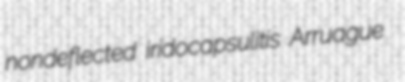
nondeflected iridocapsulitis Arruague